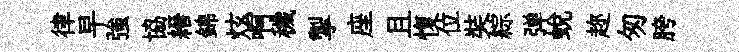
律早強協縉錦炫啊穢掣座且愎位奘綜弹蛻趂匆胯